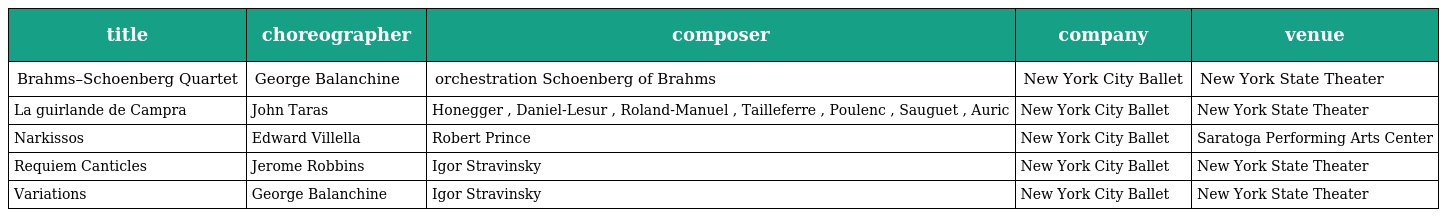
| title | choreographer | composer | company | venue |
 | --- | --- | --- | --- | --- |
 | Brahms–Schoenberg Quartet | George Balanchine | orchestration Schoenberg of Brahms | New York City Ballet | New York State Theater |
 | La guirlande de Campra | John Taras | Honegger , Daniel-Lesur , Roland-Manuel , Tailleferre , Poulenc , Sauguet , Auric | New York City Ballet | New York State Theater |
 | Narkissos | Edward Villella | Robert Prince | New York City Ballet | Saratoga Performing Arts Center |
 | Requiem Canticles | Jerome Robbins | Igor Stravinsky | New York City Ballet | New York State Theater |
 | Variations | George Balanchine | Igor Stravinsky | New York City Ballet | New York State Theater |